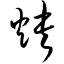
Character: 炔